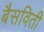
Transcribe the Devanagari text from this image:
बैसविती